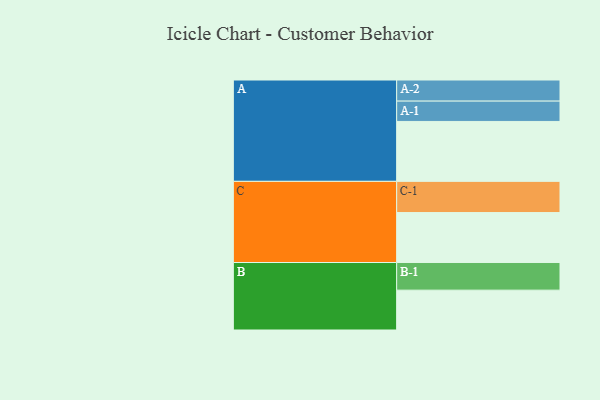
{"axis": {"x": "Segment", "y": "Value"}, "legend": ["", "A", "B", "C"], "data": [{"x": "A", "y": 451, "type": ""}, {"x": "B", "y": 300, "type": ""}, {"x": "C", "y": 376, "type": ""}, {"x": "A-1", "y": 153, "type": "A"}, {"x": "A-2", "y": 159, "type": "A"}, {"x": "B-1", "y": 208, "type": "B"}, {"x": "C-1", "y": 235, "type": "C"}]}